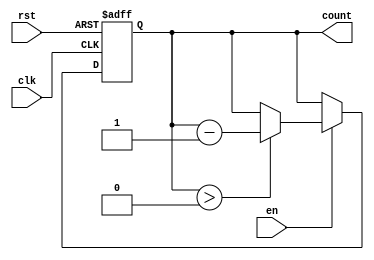
module down_counter_moore (
    input wire clk,         // Clock signal
    input wire rst,         // Asynchronous reset
    input wire en,          // Enable signal
    output reg [N-1:0] count // Current count value (N bits)
);
    parameter N = 3; // Number of bits for the counter (can be set to any positive integer)

    // State declaration
    reg [N-1:0] state; // Current state

    // Asynchronous reset and counter logic
    always @(posedge clk or posedge rst) begin
        if (rst) begin
            // On reset, load the counter with maximum value (N)
            state <= N'b111; // N = 3 corresponds to binary 111 (7 in decimal) for a 3-bit counter
        end else if (en) begin
            // Counting down logic
            if (state > 0) begin
                state <= state - 1; // Decrement the counter
            end
            // If state is already 0, it remains at 0
        end
    end

    // Output logic
    always @(state) begin
        count = state; // Output the current state
    end
endmodule